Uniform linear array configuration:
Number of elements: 4
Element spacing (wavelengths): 0.75
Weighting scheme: kaiser
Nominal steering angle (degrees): -15
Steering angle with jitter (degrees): -15.173
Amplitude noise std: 0.05
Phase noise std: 0.05

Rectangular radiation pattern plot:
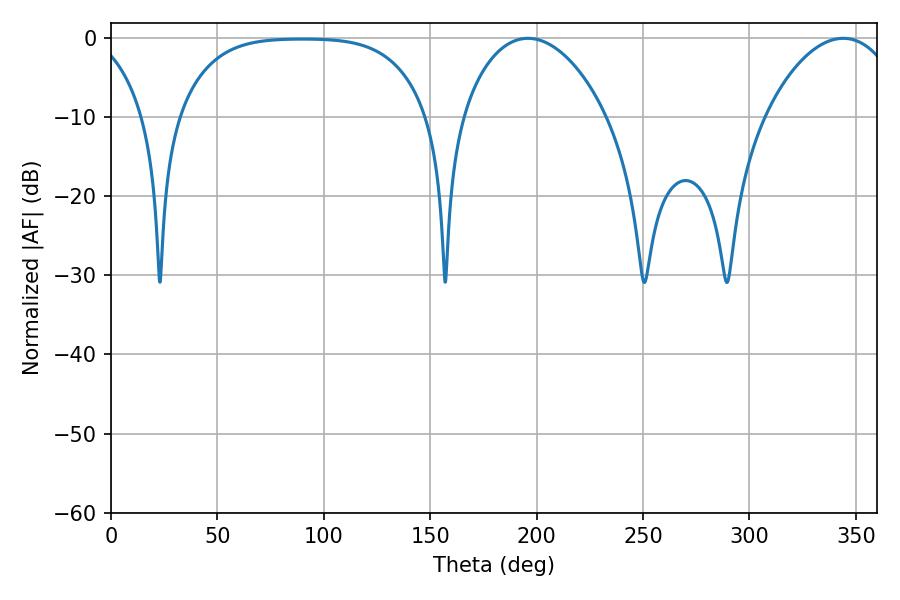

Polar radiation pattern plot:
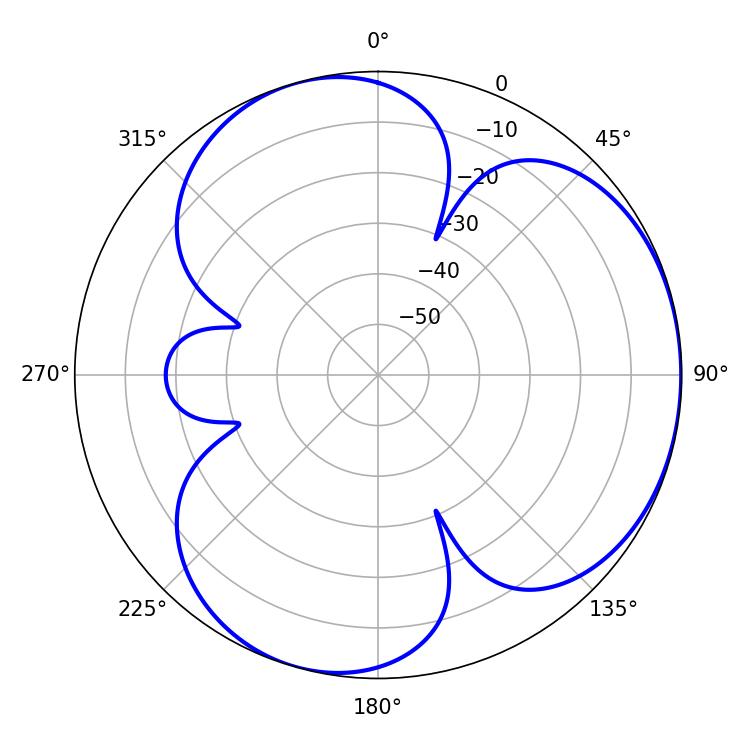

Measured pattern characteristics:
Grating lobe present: TRUE
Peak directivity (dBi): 3.776
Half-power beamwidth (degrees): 38.52
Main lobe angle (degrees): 195.84